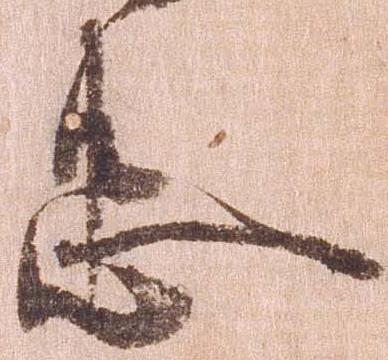
忠